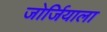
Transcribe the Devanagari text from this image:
जोर्जियाला